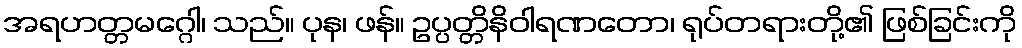
အရဟတ္တမဂ္ဂေါ၊ သည်။ ပုန၊ ဖန်။ ဥပ္ပတ္တိနိဝါရဏတော၊ ရုပ်တရားတို့၏ ဖြစ်ခြင်းကို